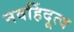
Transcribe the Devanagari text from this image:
नवहिंदूत्व